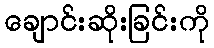
ချောင်းဆိုးခြင်းကို